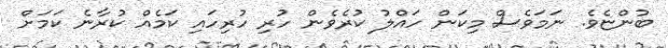
ބުންޏެވެ. ނަމަވެސް މިކަން ހައްލު ކުރެވެން ހުރި ހުރިހައި ކަމެއް ކުރާނެ ކަމަށް